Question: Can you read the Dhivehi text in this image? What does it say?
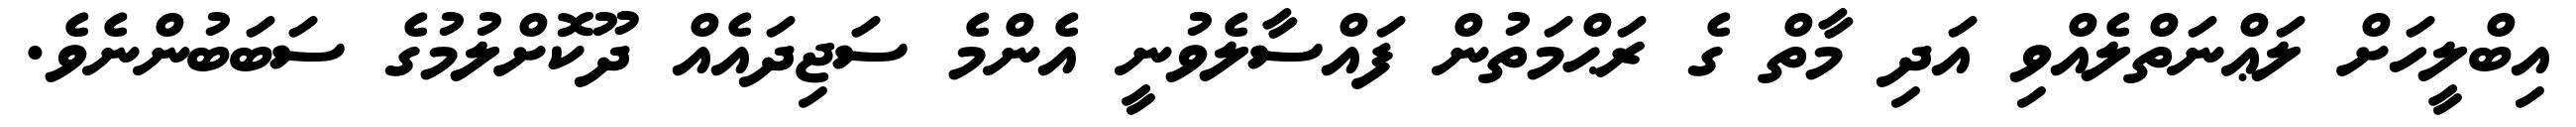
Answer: އިބްލީހަށް ލަޢްނަތްލެއްވި އަދި މާތް ގެ ރަޙްމަތުން ފައްސާލެވުނީ އެންމެ ސަޖިދައެއް ދޫކޮށްލުމުގެ ސަބަބުންނެވެ.